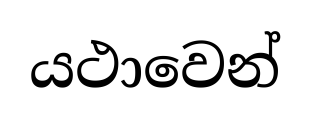
යථාවෙන්